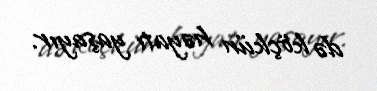
də köçkün həyatı yaşayır.